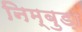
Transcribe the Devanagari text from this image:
निम्बुड़ा